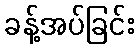
ခန့်အပ်ခြင်း